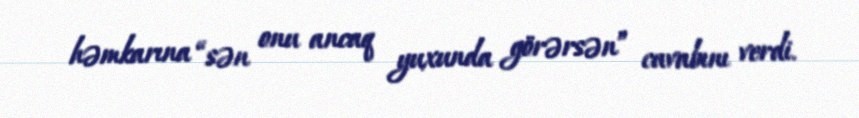
həmkarına “sən onu ancaq yuxunda görərsən” cavabını verdi.